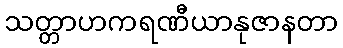
သတ္တာဟကရဏီယာနုဇာနတာ